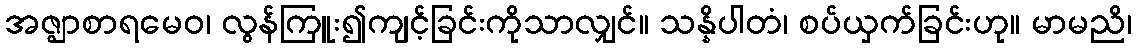
အဇ္ဈာစာရမေဝ၊ လွန်ကြူး၍ကျင့်ခြင်းကိုသာလျှင်။ သန္နိပါတံ၊ စပ်ယှက်ခြင်းဟု။ မာမညိ၊